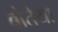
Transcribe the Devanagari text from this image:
बोतेया